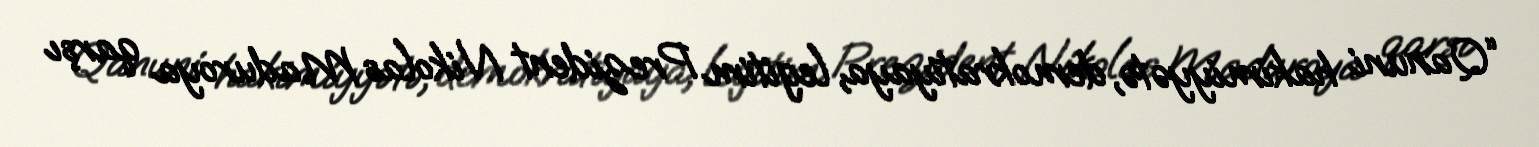
“Qanuni hakimiyyətə, demokratiyaya, legitim Prezident Nikolas Maduroya qarşı